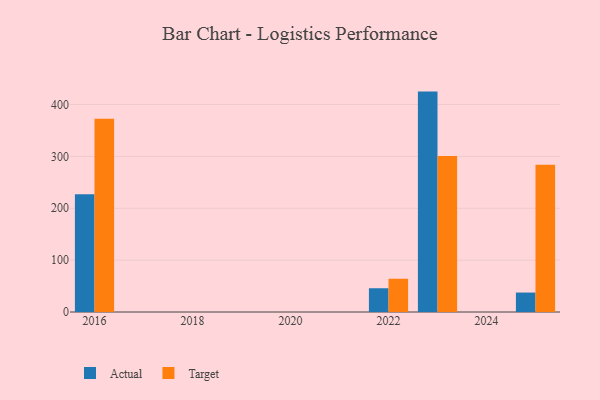
{"axis": {"x": "Year", "y": "Latency (ms)"}, "legend": ["Actual", "Target"], "data": [{"x": "2023", "y": 425.0, "type": "Actual"}, {"x": "2023", "y": 300.7, "type": "Target"}, {"x": "2016", "y": 227.2, "type": "Actual"}, {"x": "2016", "y": 372.8, "type": "Target"}, {"x": "2025", "y": 37.5, "type": "Actual"}, {"x": "2025", "y": 284.1, "type": "Target"}, {"x": "2022", "y": 45.8, "type": "Actual"}, {"x": "2022", "y": 64.1, "type": "Target"}]}